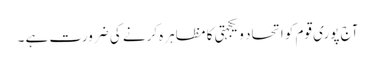
آج پوری قوم کو اتحاد و یکجہتی کا مظاہرہ کرنے کی ضرورت ہے ۔